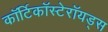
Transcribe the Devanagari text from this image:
कॉर्टिकॉस्टेरॉयड्स